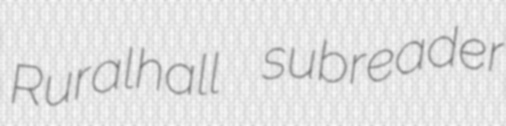
Ruralhall subreader